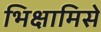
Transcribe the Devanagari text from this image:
भिक्षामिसे